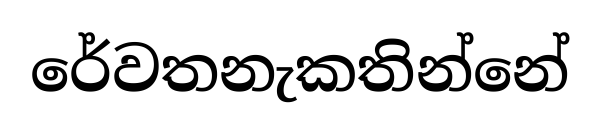
රේවතනැකතින්නේ